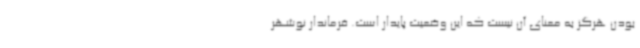
بودن هرگز به معنای آن نیست که این وضعیت پایدار است. فرماندار نوشهر